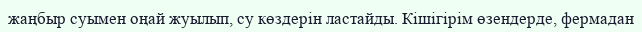
жаңбыр суымен оңай жуылып, су көздерін ластайды. Кішігірім өзендерде, фермадан